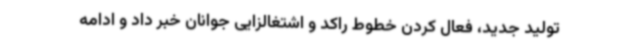
تولید جدید، فعال کردن خطوط راکد و اشتغالزایی جوانان خبر داد و ادامه